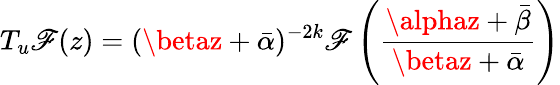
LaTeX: T_{u}\mathscr{F}(z)=(\betaz+\bar{{\alpha}})^{-2k}\mathscr{F}\left(\frac{{\alphaz+\bar{{\beta}}}}{{\betaz+\bar{{\alpha}}}}\right)